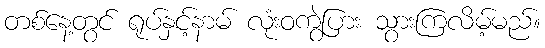
တစ်နေ့တွင် ရုပ်နှင့်နာမ် လုံးဝကွဲပြား သွားကြလိမ့်မည်။